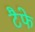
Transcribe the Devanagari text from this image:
टैफे